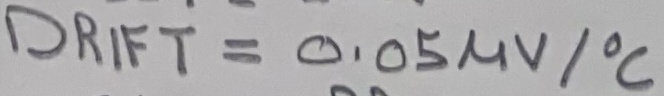
Text: DRIFT = 0.05µV/°C